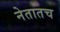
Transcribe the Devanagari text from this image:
नेतातच